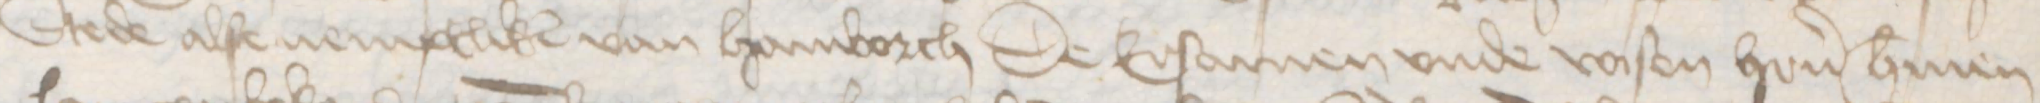
Stede alse nemptliken van Hamborch De Ersamen vnde vasten heren Hermen